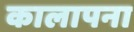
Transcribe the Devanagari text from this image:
कालापना